Etiology and epidemiology of plague
Disease focus: Plague
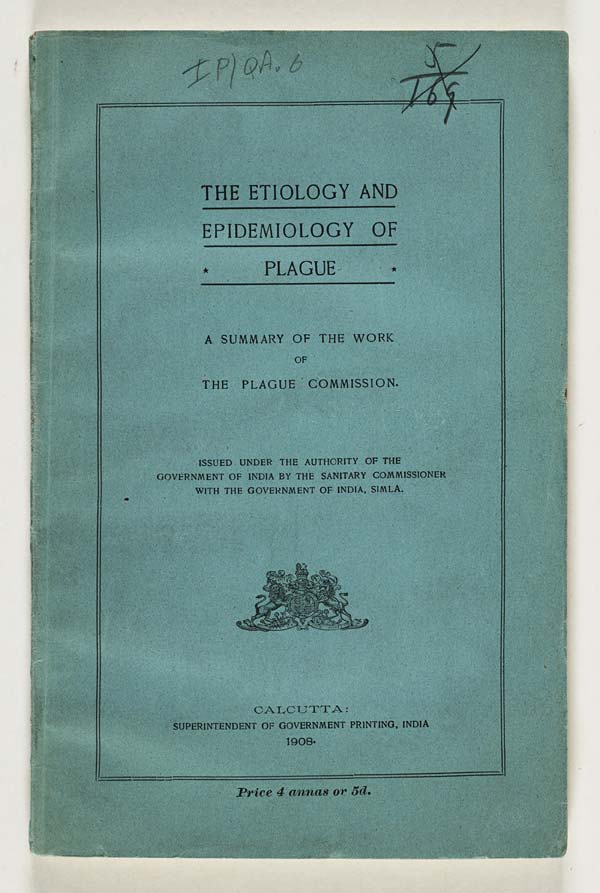
THE ETIOLOGY AND
EPIDEMIOLOGY OF
* PLAGUE *
A SUMMARY OF THE WORK
OF
THE PLAGUE COMMISSION.
ISSUED UNDER THE AUTHORITY OF THE
GOVERNMENT OF INDIA BY THE SANITARY COMMISSIONER
WITH THE GOVERNMENT OF INDIA, SIMLA.
CALCUTTA:
SUPERINTENDENT OF GOVERNMENT PRINTING, INDIA
1908.
Price 4 annas or 5d.